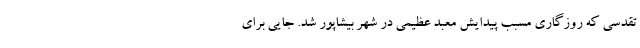
تقدسی که روزگاری مسبب پیدایش معبد عظیمی در شهر بیشاپور شد. جایی برای